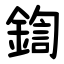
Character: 鍧